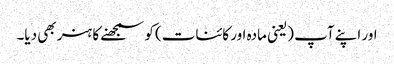
اور اپنے آپ (یعنی مادہ اور کائنات) کو سمجھنے کا ہنر بھی دیا۔